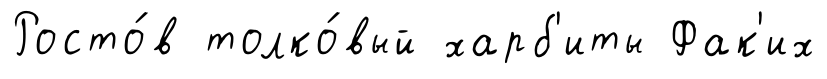
Росто́в толко́вый харб'иты Фак'их